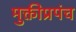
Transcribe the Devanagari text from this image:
मुक्तीप्रपंच